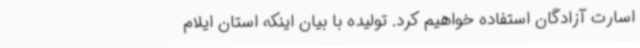
اسارت آزادگان استفاده خواهیم کرد. تولیده با بیان اینکه استان ایلام